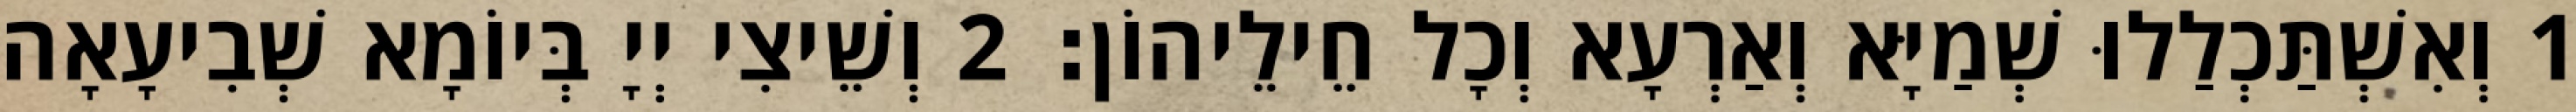
1 וְאִשְׁתַּכְלַלוּ שְׁמַיָּא וְאַרְעָא וְכָל חֵילֵיהוֹן׃ 2 וְשֵׁיצִי יְיָ בְּיוֹמָא שְׁבִיעָאָה